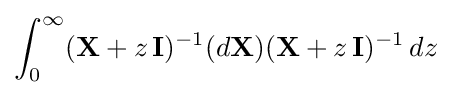
\int _{0}^{\infty }(\mathbf {X} +z\,\mathbf {I} )^{-1}(d\mathbf {X} )(\mathbf {X} +z\,\mathbf {I} )^{-1}\,dz